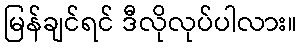
မြန်ချင်ရင် ဒီလိုလုပ်ပါလား။